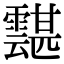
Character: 𩅾